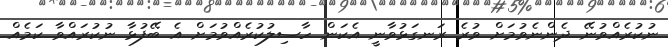
ނުކުރެއްވުނޭ ދެންނެވުމަށް ވުރެ ރަނގަޅުވާނީ އެކަން ހާސިލުކުރެއްވުމަށް އެ ބޭފުޅާ ނުކުރައްވާ ކަމެއް